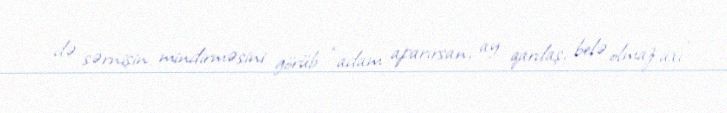
də sərnişin mindirməsini görüb “adam aparırsan, ay qardaş, belə olmaz axı”